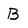
Character: B